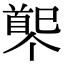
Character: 𩠟